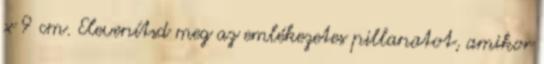
x 9 cm. Elevenítsd meg az emlékezetes pillanatot, amikor